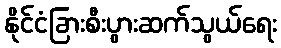
နိုင်ငံခြားစီးပွားဆက်သွယ်ရေး